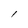
Character: l